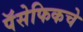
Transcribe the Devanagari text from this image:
पॅसेफिकचे